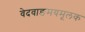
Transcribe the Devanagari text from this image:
वेदवाङमयमूलक